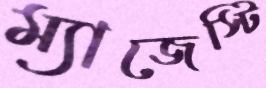
ম্যাজেস্টি